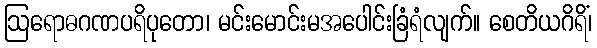
ဩရောဓဂဏပရိပုတော၊ မင်းမောင်းမအပေါင်းခြံရံလျက်။ စေတိယဂိရိံ၊